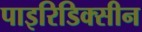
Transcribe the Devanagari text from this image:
पाइरिडिक्सीन